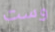
وست